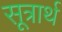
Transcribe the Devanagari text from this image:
सूत्रार्थ